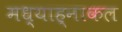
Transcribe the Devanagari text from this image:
मध्याह्नाकल